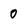
Character: 0